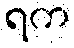
ရက